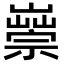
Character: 𡽿